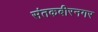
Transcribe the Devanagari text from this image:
संतकबीरनगर